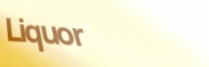
Liquor